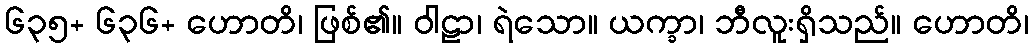
၆၃၅+ ၆၃၆+ ဟောတိ၊ ဖြစ်၏။ ဝါဠာ၊ ရဲသော။ ယက္ခာ၊ ဘီလူးရှိသည်။ ဟောတိ၊